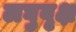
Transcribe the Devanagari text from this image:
लघुवृक्ष